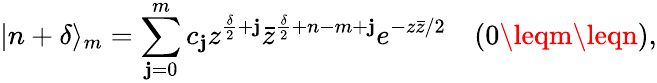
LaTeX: |n+\delta\rangle_{m}=\sum_{\mathbf{j}=0}^{m}c_{\mathbf{j}}z^{\frac{{\delta}}{{2}}+\mathbf{j}}\bar{{z}}^{\frac{{\delta}}{{2}}+n-m+\mathbf{j}}e^{-z\bar{{z}}/2}\quad(0\leqm\leqn),